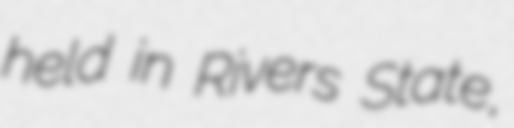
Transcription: held in Rivers State,